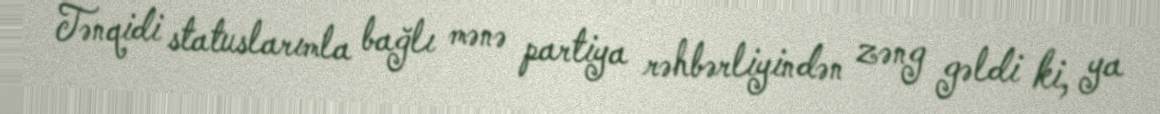
Tənqidi statuslarımla bağlı mənə partiya rəhbərliyindən zəng gəldi ki, ya